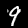
Digit: 9